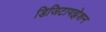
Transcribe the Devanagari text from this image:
डिजिटायझेशन